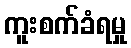
ကူးစက်ခံရမှု